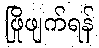
ဖြိုဖျက်ရန်